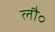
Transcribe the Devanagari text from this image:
लौ॰